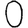
Digit: 0